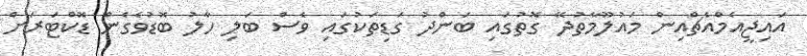
އައިޖީއެމްއެޗްއިން މައުލޫމާތުދޭ ގޮތުގައި ބަންދު ގަޑިތަކުގައި ވެސް ބަލި ހާލު ބޮޑުވެގެން ޑޮކްޓަރަށް